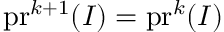
\mathrm { p r } ^ { k + 1 } ( I ) = \mathrm { p r } ^ { k } ( I )